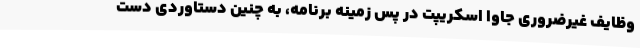
وظایف غیرضروری جاوا اسکریپت در پس زمینه برنامه، به چنین دستاوردی دست